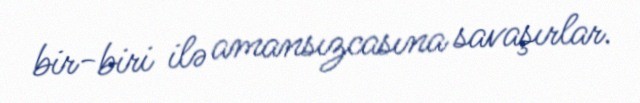
bir-biri ilə amansızcasına savaşırlar.